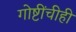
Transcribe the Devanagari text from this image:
गोष्टींचीही